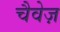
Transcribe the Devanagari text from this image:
चैवेज़